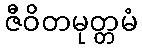
ဇီဝိတမုတ္တမံ